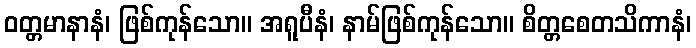
ဝတ္တမာနာနံ၊ ဖြစ်ကုန်သော။ အရူပီနံ၊ နာမ်ဖြစ်ကုန်သော။ စိတ္တစေတသိကာနံ၊